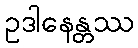
ဥဒါနေန္တဿ